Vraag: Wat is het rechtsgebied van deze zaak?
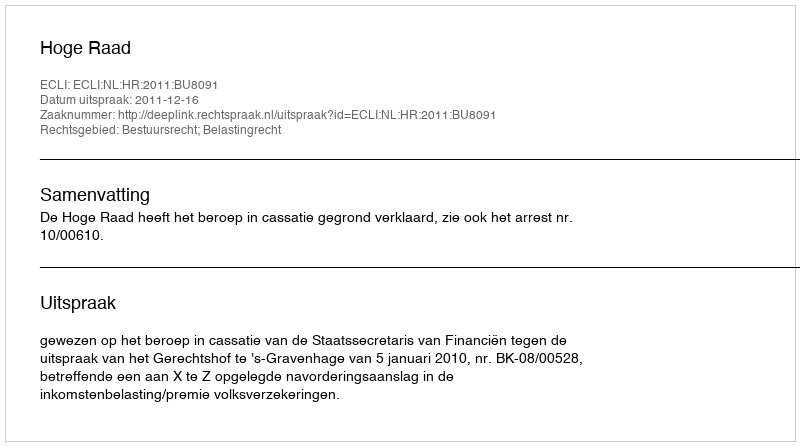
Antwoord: Bestuursrecht; Belastingrecht